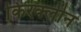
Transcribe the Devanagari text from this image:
किरक्लीन